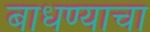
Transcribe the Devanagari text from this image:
बाधण्याचा